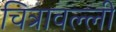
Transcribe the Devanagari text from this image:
चित्रावल्ली